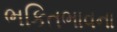
ભકિતભાવના